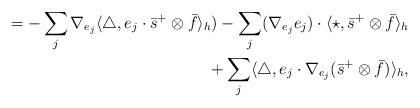
LaTeX: \begin{align*}=-\sum_{j}\nabla_{e_{j}}\langle\bigtriangleup,e_{j}\cdot\bar{s}^{+}\otimes \bar{f} \rangle_{h})-\sum_{j}(\nabla_{e_{j}}e_{j})\cdot\langle\star,\bar{s}^{+}\otimes \bar{f} \rangle_{h} \\+\sum_{j}\langle\bigtriangleup , e_{j}\cdot\nabla_{e_{j}}(\bar{s}^{+}\otimes \bar{f})\rangle_{h}, \end{align*}